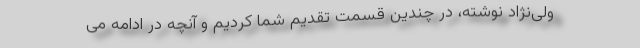
ولی‌نژاد نوشته، در چندین قسمت تقدیم شما کردیم و آنچه در ادامه می‌